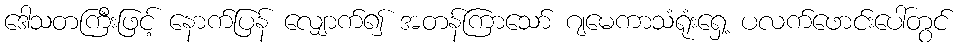
ဒေါသတကြီးဖြင့် နောက်ပြန် လျှောက်၍ အတန်ကြာသော် ဂျမေကာသံရုံးရှေ့ ပလက်ဖောင်းပေါ်တွင်